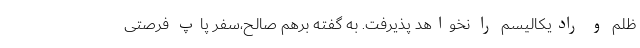
ظلم و رادیکالیسم را نخواهد پذیرفت. به گفته برهم صالح،‌سفر پاپ فرصتی